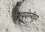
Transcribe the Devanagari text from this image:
रायबरेलीहून